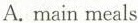
A. main meals